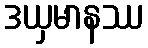
ဒယှမာနဿ